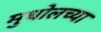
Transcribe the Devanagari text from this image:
मुधोलच्या